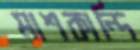
মাশকান্দি